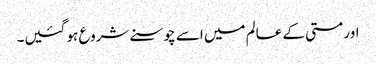
اور مستی کے عالم میں اسے چوسنے شروع ہو گئیں۔